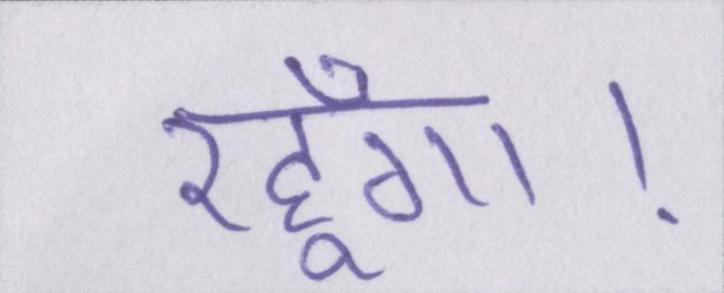
रहूँगा।